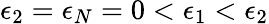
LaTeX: \epsilon_{2}=\epsilon_{N}=0<\epsilon_{1}<\epsilon_{2}